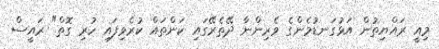
މިއީ ރައްޔިތުން އަޅުގަނޑުމެންގެ ވެރިންނާ ދޭތެރޭގައި ކަންތައް ކުރެވިފައި ހުރި ގޮތް" ރައީސް